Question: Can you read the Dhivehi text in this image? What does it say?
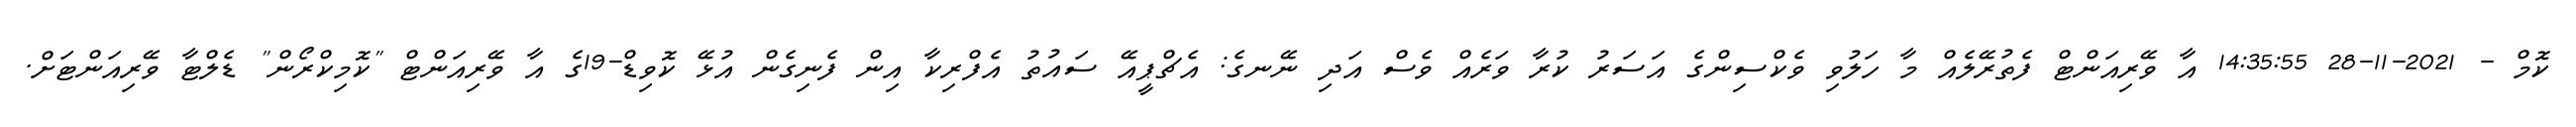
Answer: ކޮމް - 2021-11-28 14:35:55 އާ ވޭރިއަންޓް ފެތުރޭލެއް މާ ހަލުވި ވެކްސިންގެ އަސަރު ކުރާ ވަރެއް ވެސް އަދި ނޭނގެ: އެޗްޕީއޭ ސައުތު އެފްރިކާ އިން ފެނިގެން އުޅޭ ކޮވިޑް-19ގެ އާ ވޭރިއަންޓް "ކޮމިކްރޯން" ޑެލްޓާ ވޭރިއަންޓަށް.